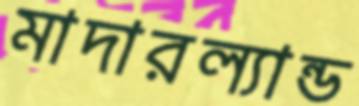
মাদারল্যান্ড